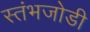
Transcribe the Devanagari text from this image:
स्तंभजोडी